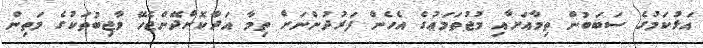
އަޅުކަމުގެ ސަބަބުން ތިމާއަށާއި މުޖުތަމަޢުގެ އެހެން ފަރުދުންނަށް ތިމާ އަދާކޮށްދޭންޖެހޭ ވާޖިބުތަކުގެ މަތިން